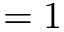
= 1